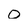
Character: 0